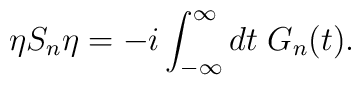
\eta S_{n}\eta=-i\int_{-\infty}^{\infty}dt\;G_{n}(t).